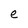
Character: e